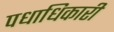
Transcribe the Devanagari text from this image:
पधाधिकारी